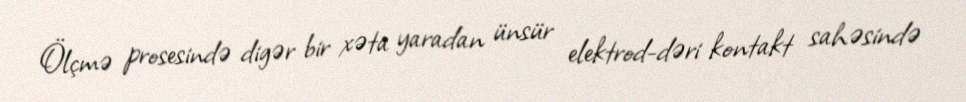
Ölçmə prosesində digər bir xəta yaradan ünsür elektrod-dəri kontakt sahəsində